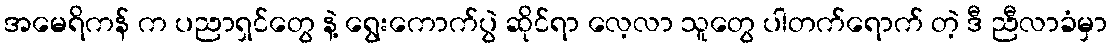
အမေရိကန် က ပညာရှင်တွေ နဲ့ ရွေးကောက်ပွဲ ဆိုင်ရာ လေ့လာ သူတွေ ပါတက်ရောက် တဲ့ ဒီ ညီလာခံမှာ